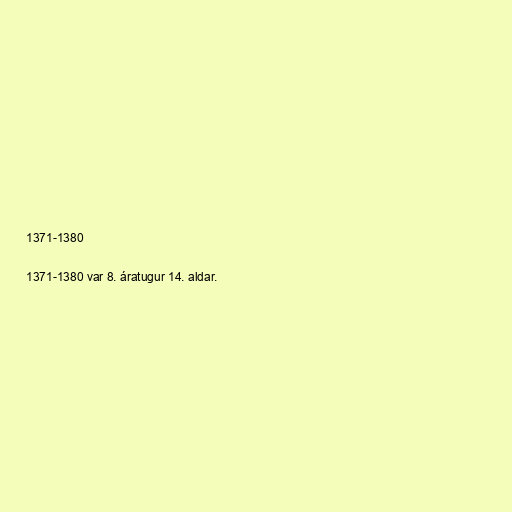
1371-1380

1371-1380 var 8. áratugur 14. aldar.